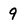
Character: 9